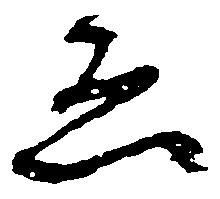
ゑ